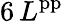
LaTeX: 6\, L^{\mathrm{pp}}